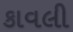
કાવલી